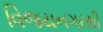
વિજયનગરથી